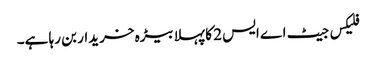
فلیکس جیٹ اے ایس 2 کا پہلا بیڑہ خریدار بن رہا ہے۔